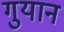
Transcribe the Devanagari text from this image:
गुयान